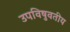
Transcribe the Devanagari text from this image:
उपविषुवतीय